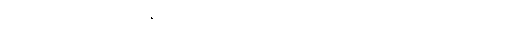
ဝင်သက်ကို ရှူသည့်ခဏ၌ နှလုံးသွေးအခုန် ငြိမ်သက် သွားအောင် အလေ့အကျင့် ပြုလုပ်သည်။